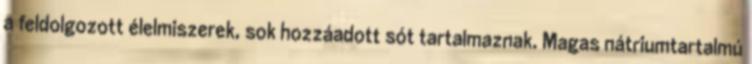
a feldolgozott élelmiszerek, sok hozzáadott sót tartalmaznak. Magas nátriumtartalmú